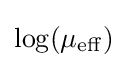
{\textstyle \log(\mu _{\mathrm {eff} })}